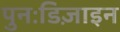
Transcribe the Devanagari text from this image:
पुनःडिज़ाइन